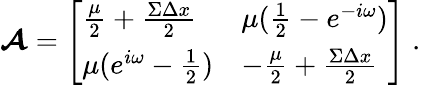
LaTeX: \boldsymbol{\mathcal{A}}=\left[\begin{array}{ll}{\frac{\mu}{2}+\frac{\Sigma\Delta x}{2}}&{\mu(\frac{1}{2}-e^{-i\omega})}\\ {\mu(e^{i\omega}-\frac{1}{2})}&{-\frac{\mu}{2}+\frac{\Sigma\Delta x}{2}}\end{array}\right]\; .